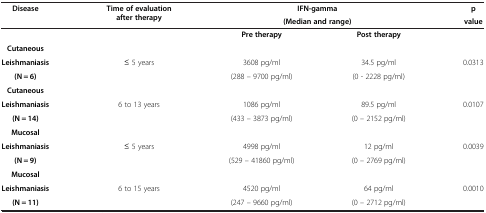
| Disease | Time of evaluation after therapy | <COLSPAN=2> IFN-gamma | p |
 |  |  | <COLSPAN=2> (Median and range) | value |
 | --- | --- | --- | --- | --- |
 |  |  | Pre therapy | Post therapy |  |
 | Cutaneous |  |  |  |  |
 | Leishmaniasis | ≤ 5 years | 3608 pg/ml | 34.5 pg/ml | 0.0313 |
 | (N = 6) |  | (288 – 9700 pg/ml) | (0 - 2228 pg/ml) |  |
 | Cutaneous |  |  |  |  |
 | Leishmaniasis | 6 to 13 years | 1086 pg/ml | 89.5 pg/ml | 0.0107 |
 | (N = 14) |  | (433 – 3873 pg/ml) | (0 – 2152 pg/ml) |  |
 | Mucosal |  |  |  |  |
 | Leishmaniasis | ≤ 5 years | 4998 pg/ml | 12 pg/ml | 0.0039 |
 | (N = 9) |  | (529 – 41860 pg/ml) | (0 – 2769 pg/ml) |  |
 | Mucosal |  |  |  |  |
 | Leishmaniasis | 6 to 15 years | 4520 pg/ml | 64 pg/ml | 0.0010 |
 | (N = 11) |  | (247 – 9660 pg/ml) | (0 – 2712 pg/ml) |  |